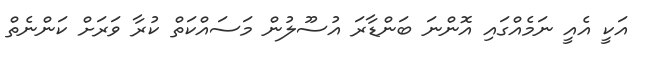
އަކީ އެއީ ނަމެއްގައި އޮންނަ ބަންޑާރަ އުސޫލުން މަސައްކަތް ކުރާ ވަރަށް ކަންނެތް